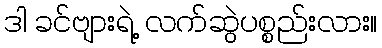
ဒါ ခင်ဗျားရဲ့ လက်ဆွဲပစ္စည်းလား။